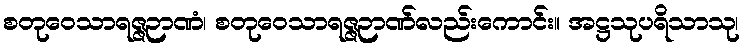
စတုဝေသာရဇ္ဇဉာဏံ၊ စတုဝေသာရဇ္ဇဉာဏ်လည်းကောင်း။ အဋ္ဌသုပရိသာသု၊